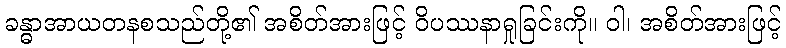
ခန္ဓာအာယတနစသည်တို့၏ အစိတ်အားဖြင့် ဝိပဿနာရှုခြင်းကို။ ဝါ၊ အစိတ်အားဖြင့်